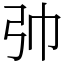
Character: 𢎭